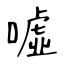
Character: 噓